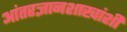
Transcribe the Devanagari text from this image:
आंतरज्ञानशाखांशी